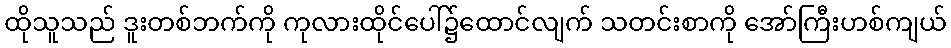
ထိုသူသည် ဒူးတစ်ဘက်ကို ကုလားထိုင်ပေါ်၌ထောင်လျက် သတင်းစာကို အော်ကြီးဟစ်ကျယ်